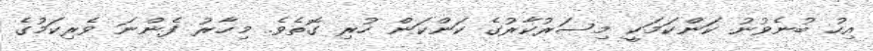
އިހު ބުނެވުނު ކަންކަމަކީ މިސަރުކާރުގެ ކަންކަން ހުރި ގޮތެވެ. މިހާރު ފެންނަ ވެރިކަމުގެ